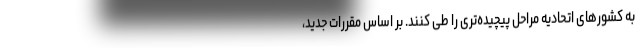
به کشورهای اتحادیه مراحل پیچیده‌تری را طی کنند. بر اساس مقررات جدید،